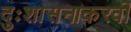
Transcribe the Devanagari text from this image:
दुःशासनाकरवी